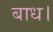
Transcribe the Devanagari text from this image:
बाध।